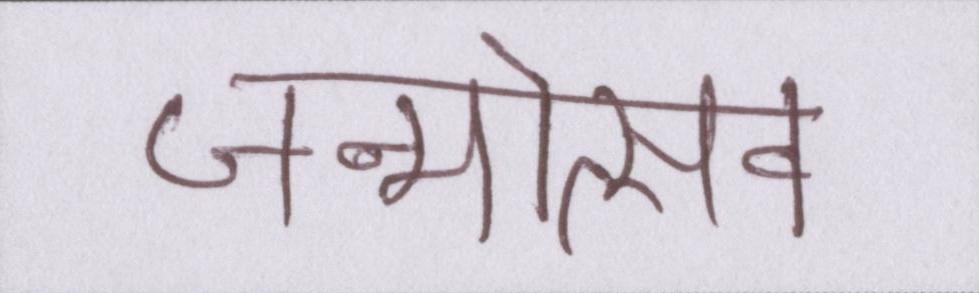
जन्मोत्सव